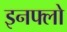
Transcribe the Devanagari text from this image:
इनफ्लो